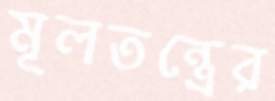
মূলতন্ত্রের